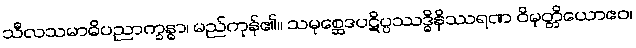
သီလသမာဓိပညာက္ခန္ဓာ၊ မည်ကုန်၏။ သမုစ္ဆေဒပဋိပ္ပဿဒ္ဓိနိဿရဏ ဝိမုတ္တိယောဧဝ၊